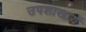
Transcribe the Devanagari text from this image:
उपशाखायें